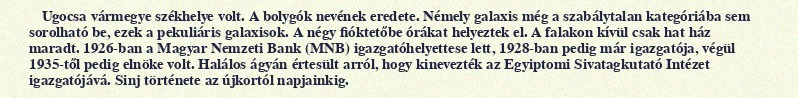
Ugocsa vármegye székhelye volt. A bolygók nevének eredete. Némely galaxis még a szabálytalan kategóriába sem sorolható be, ezek a pekuliáris galaxisok. A négy fióktetőbe órákat helyeztek el. A falakon kívül csak hat ház maradt. 1926-ban a Magyar Nemzeti Bank (MNB) igazgatóhelyettese lett, 1928-ban pedig már igazgatója, végül 1935-től pedig elnöke volt. Halálos ágyán értesült arról, hogy kinevezték az Egyiptomi Sivatagkutató Intézet igazgatójává. Sinj története az újkortól napjainkig.